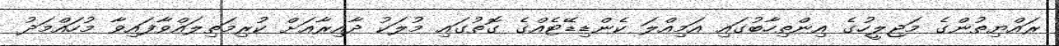
ރައްޔިތުންގެ މަޖިލީހުގެ އިންތިހާބުގައި އަމިއްލަ ކެންޑިޑޭޓެއްގެ ގޮތުގައި މުލަކު ދާއިރާއަށް ކުރިމަތިލައްވާފައިވާ މުހައްމަދު